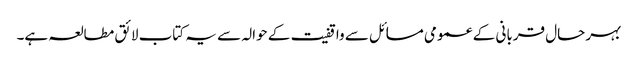
بہر حال قربانی کے عمومی مسائل سے واقفیت کے حوالہ سے یہ کتاب لائق مطالعہ ہے۔